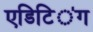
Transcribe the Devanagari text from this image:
एडिटिऺग